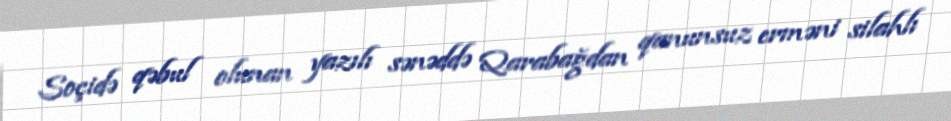
Soçidə qəbul olunan yazılı sənəddə Qarabağdan qanunsuz erməni silahlı